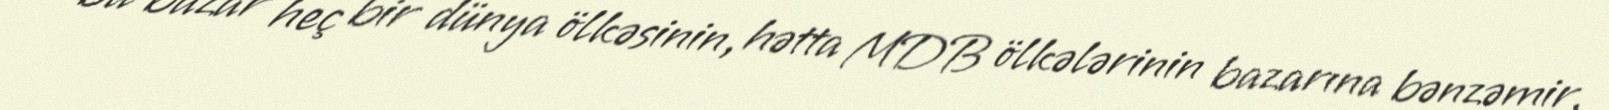
bu bazar heç bir dünya ölkəsinin, hətta MDB ölkələrinin bazarına bənzəmir.